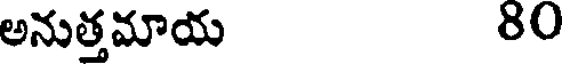
అనుత్తమాయ 80